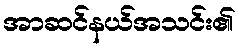
အာဆင်နယ်အသင်း၏